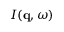
I ( \mathbf { q } , \omega )